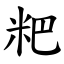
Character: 粑